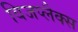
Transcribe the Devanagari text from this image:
विजप्लैक्स